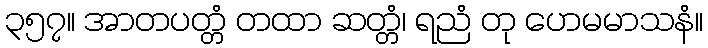
၃၅၇။ အာတပတ္တံ တထာ ဆတ္တံ၊ ရညံ တု ဟေမမာသနံ။